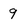
Character: 9